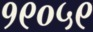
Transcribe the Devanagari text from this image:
१९०५९